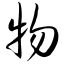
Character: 物